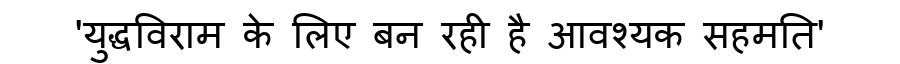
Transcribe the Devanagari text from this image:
'युद्धविराम के लिए बन रही है आवश्यक सहमति'